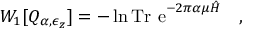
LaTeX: W _ { 1 } [ Q _ { \alpha , \epsilon _ { z } } ] = - \ln \mathrm { T r ~ e } ^ { - 2 \pi \alpha \mu \hat { H } } ~ ~ ~ ,